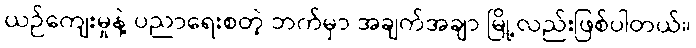
ယဉ်ကျေးမှုနဲ့ ပညာရေးစတဲ့ ဘက်မှာ အချက်အချာ မြို့လည်းဖြစ်ပါတယ်။